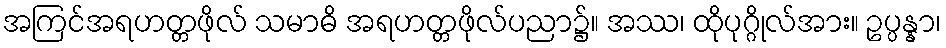
အကြင်အရဟတ္တဖိုလ် သမာဓိ အရဟတ္တဖိုလ်ပညာ၌။ အဿ၊ ထိုပုဂ္ဂိုလ်အား။ ဥပ္ပန္နာ၊